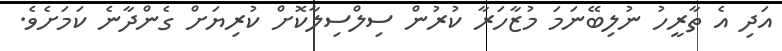
އަދި އެ ތާރީހު ނުލިބޭނަމަ މުޒާހަރާ ކުރުން ސިލްސިލާކޮށް ކުރިޔަށް ގެންދާނެ ކަމަށެވެ.